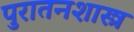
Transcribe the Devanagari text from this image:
पुरातनशास्त्र